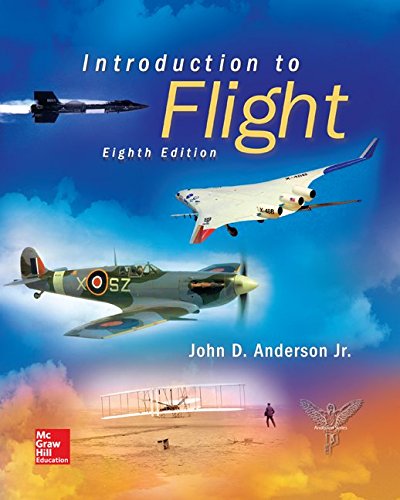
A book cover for Introduction to Flight; John Anderson; Engineering & Transportation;